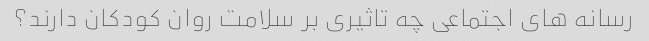
رسانه های اجتماعی چه تاثیری بر سلامت روان کودکان دارند؟